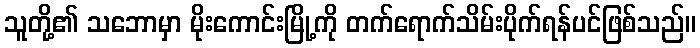
သူတို့၏ သဘောမှာ မိုးကောင်းမြို့ကို တက်ရောက်သိမ်းပိုက်ရန်ပင်ဖြစ်သည်။